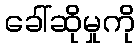
ခေါ်ဆိုမှုကို